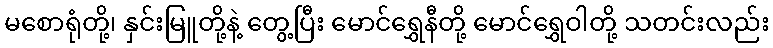
မစောရုံတို့၊ နှင်းမြူတို့နဲ့ တွေ့ပြီး မောင်ရွှေနီတို့ မောင်ရွှေဝါတို့ သတင်းလည်း